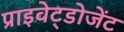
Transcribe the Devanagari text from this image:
प्राइवेट्डोजेंट